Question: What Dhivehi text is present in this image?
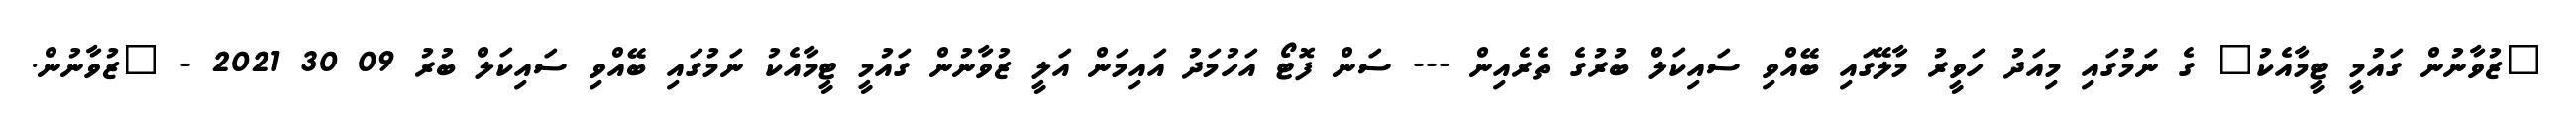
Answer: "ޒުވާނުން ގައުމީ ޓީމާއެކު" ގެ ނަމުގައި މިއަދު ހަވީރު މާލޭގައި ބޭއްވި ސައިކަލް ބުރުގެ ތެރެއިން --- ސަން ފޮޓޯ އަހުމަދު އައިމަން އަލީ ޒުވާނުން ގައުމީ ޓީމާއެކު ނަމުގައި ބޭއްވި ސައިކަލް ބުރު 09 30 2021 - "ޒުވާނުން.